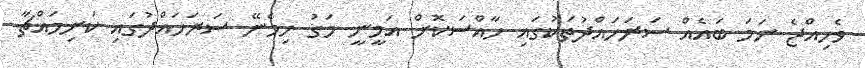
ވެހިއްޖެ ނަމަ ބައެއް ސަރަހައްދުތަކުގައި ހާއްސަކޮށް އަމީނީ މަގު ހިމެނޭ ސަރަހައްދުގައި ކަށިމައްޗާ